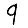
Digit: 9